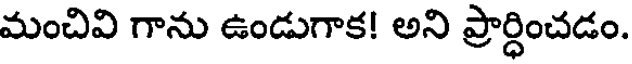
మంచివి గాను ఉండుగాక! అని ప్రార్ధించడం.